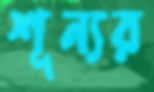
শূন্যর